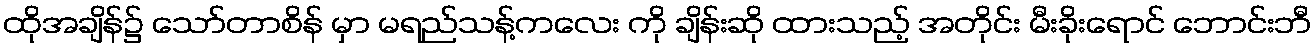
ထိုအချိန်၌ သော်တာစိန် မှာ မရည်သန့်ကလေး ကို ချိန်းဆို ထားသည့် အတိုင်း မီးခိုးရောင် ဘောင်းဘီ